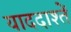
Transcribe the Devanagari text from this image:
याददाश्तें